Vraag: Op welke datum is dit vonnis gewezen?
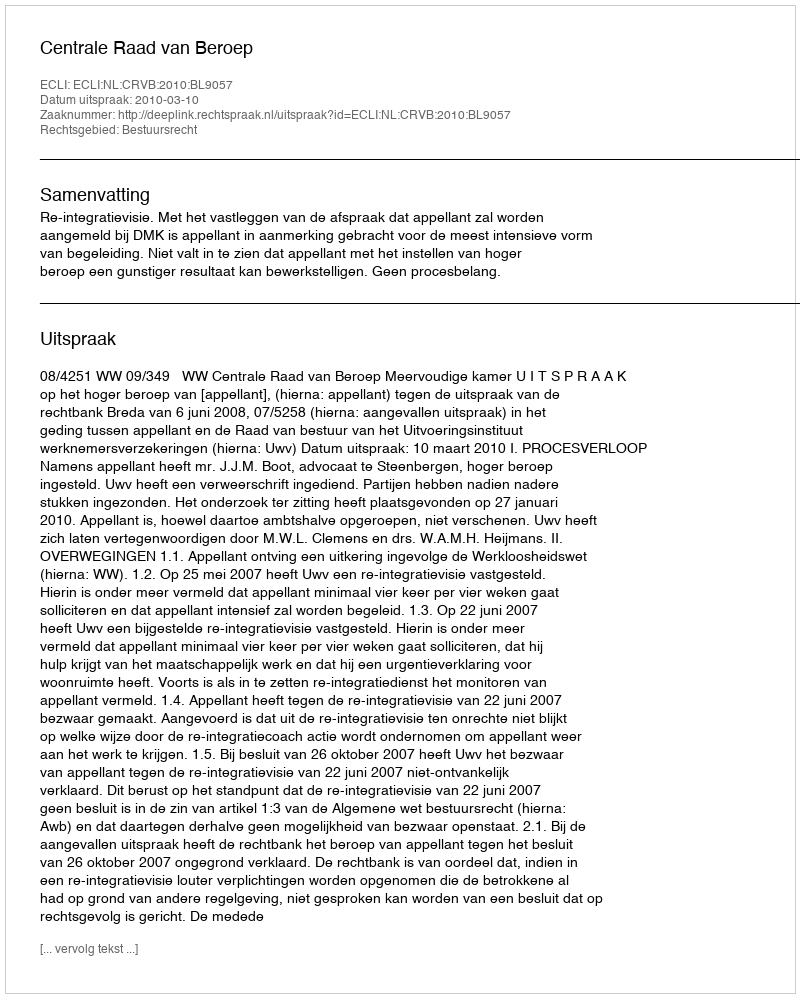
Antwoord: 2010-03-10